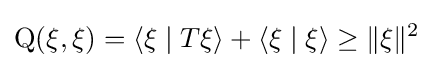
\operatorname {Q} (\xi ,\xi )=\langle \xi \mid T\xi \rangle +\langle \xi \mid \xi \rangle \geq \|\xi \|^{2}